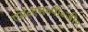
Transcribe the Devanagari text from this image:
एस॰एस॰पी॰जी॰